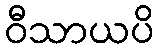
ဝီသာယပိ